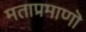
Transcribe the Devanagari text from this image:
मताप्रमाणाॆ